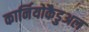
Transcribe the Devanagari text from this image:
कार्नियोकैडुअल